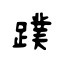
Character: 蹼